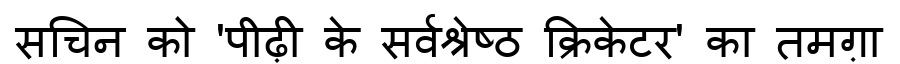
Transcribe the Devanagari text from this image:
सचिन को 'पीढ़ी के सर्वश्रेष्ठ क्रिकेटर' का तमग़ा